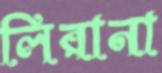
লিরানা